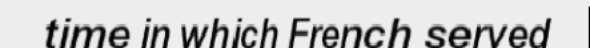
time in which French served